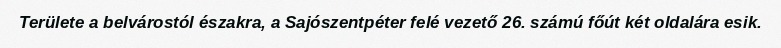
Területe a belvárostól északra, a Sajószentpéter felé vezető 26. számú főút két oldalára esik.